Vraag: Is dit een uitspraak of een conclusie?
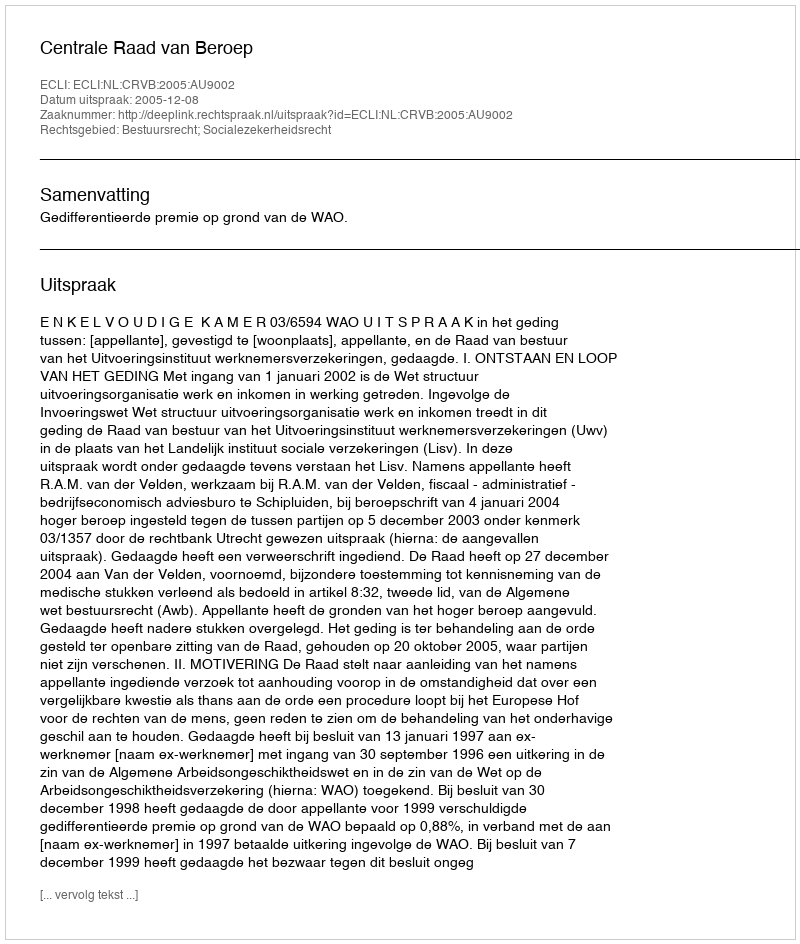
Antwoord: Uitspraak